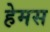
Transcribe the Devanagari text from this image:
हेमस